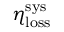
\eta _ { \mathrm { l o s s } } ^ { \mathrm { s y s } }